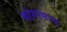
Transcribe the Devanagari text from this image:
भांगरसाळ